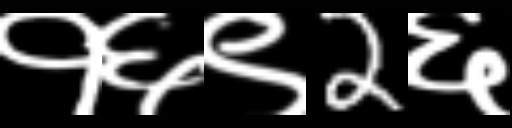
Text: १६९2६